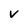
Character: v